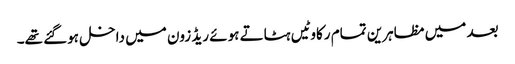
بعد میں مظاہرین تمام رکاوٹیں ہٹاتے ہوئے ریڈ زون میں داخل ہوگئے تھے۔